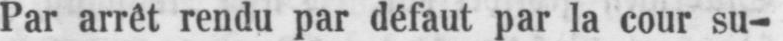
Par arrêt rendu par défaut par la cour su-